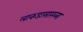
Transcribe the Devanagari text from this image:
लाकडासारख्या